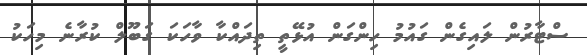
ސްޓާރުން ލައިގެން ގައުމު ހިންގަން އުޅޭތީ ތިދައްކާ ވާހަކަ ގަބޫލް ކުރާނެ މިހަކު